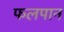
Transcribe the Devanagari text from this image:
फलपान